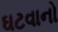
ઘટવાનો